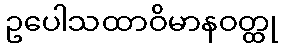
ဥပေါသထာဝိမာနဝတ္ထု